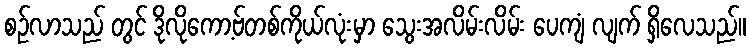
စဉ်လာသည် တွင် ဒိုလိုကော့ဗ်တစ်ကိုယ်လုံးမှာ သွေးအလိမ်းလိမ်း ပေကျံ လျက် ရှိလေသည်။